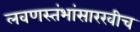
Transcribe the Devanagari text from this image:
लवणस्तंभांसारखीच